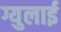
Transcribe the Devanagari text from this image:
ग्युलाई